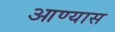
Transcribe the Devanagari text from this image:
आण्यास